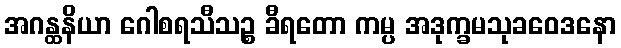
အဂန္ထနိယာ ဂေါစရသီသဉ္စ ခီရတော ကမ္ပ အဒုက္ခမသုခဝေဒနော